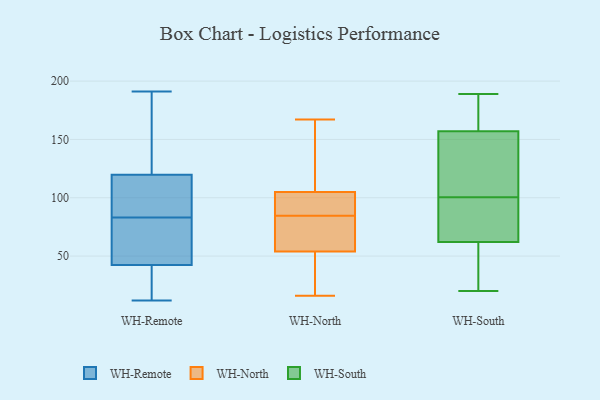
{"axis": {"x": "Energy Usage (MWh)", "y": "Value"}, "legend": ["WH-North", "WH-Remote", "WH-South"], "data": [{"x": "", "y": 87, "type": "WH-Remote"}, {"x": "", "y": 86, "type": "WH-Remote"}, {"x": "", "y": 83, "type": "WH-Remote"}, {"x": "", "y": 160, "type": "WH-Remote"}, {"x": "", "y": 12, "type": "WH-Remote"}, {"x": "", "y": 28, "type": "WH-Remote"}, {"x": "", "y": 77, "type": "WH-Remote"}, {"x": "", "y": 47, "type": "WH-Remote"}, {"x": "", "y": 103, "type": "WH-Remote"}, {"x": "", "y": 108, "type": "WH-Remote"}, {"x": "", "y": 57, "type": "WH-Remote"}, {"x": "", "y": 178, "type": "WH-Remote"}, {"x": "", "y": 191, "type": "WH-Remote"}, {"x": "", "y": 155, "type": "WH-Remote"}, {"x": "", "y": 14, "type": "WH-Remote"}, {"x": "", "y": 82, "type": "WH-Remote"}, {"x": "", "y": 16, "type": "WH-Remote"}, {"x": "", "y": 79, "type": "WH-North"}, {"x": "", "y": 90, "type": "WH-North"}, {"x": "", "y": 105, "type": "WH-North"}, {"x": "", "y": 16, "type": "WH-North"}, {"x": "", "y": 54, "type": "WH-North"}, {"x": "", "y": 122, "type": "WH-North"}, {"x": "", "y": 98, "type": "WH-North"}, {"x": "", "y": 18, "type": "WH-North"}, {"x": "", "y": 167, "type": "WH-North"}, {"x": "", "y": 57, "type": "WH-North"}, {"x": "", "y": 98, "type": "WH-South"}, {"x": "", "y": 79, "type": "WH-South"}, {"x": "", "y": 175, "type": "WH-South"}, {"x": "", "y": 139, "type": "WH-South"}, {"x": "", "y": 185, "type": "WH-South"}, {"x": "", "y": 31, "type": "WH-South"}, {"x": "", "y": 182, "type": "WH-South"}, {"x": "", "y": 128, "type": "WH-South"}, {"x": "", "y": 70, "type": "WH-South"}, {"x": "", "y": 20, "type": "WH-South"}, {"x": "", "y": 189, "type": "WH-South"}, {"x": "", "y": 54, "type": "WH-South"}, {"x": "", "y": 103, "type": "WH-South"}, {"x": "", "y": 85, "type": "WH-South"}, {"x": "", "y": 112, "type": "WH-South"}, {"x": "", "y": 28, "type": "WH-South"}]}